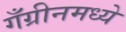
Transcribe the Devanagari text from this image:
गँग्रीनमध्ये